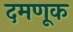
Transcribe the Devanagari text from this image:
दमणूक